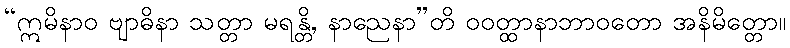
“ဣမိနာဝ ဗျာဓိနာ သတ္တာ မရန္တိ, နာညေနာ”တိ ဝဝတ္ထာနာဘာဝတော အနိမိတ္တော။